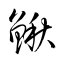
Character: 鰍